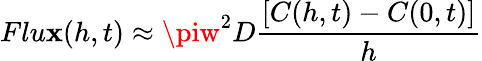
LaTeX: Flu\mathbf{x}(h,t)\approx\piw^{2}D\frac{{\left[C(h,t)-C(0,t)\right]}}{{h}}